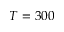
T = 3 0 0